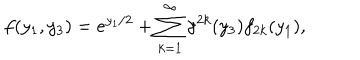
LaTeX: f ( y _ { 1 } , y _ { 3 } ) = e ^ { y _ { 1 } / 2 } + \sum _ { k = 1 } ^ { \infty } { \gamma } ^ { 2 k } ( y _ { 3 } ) f _ { 2 k } ( y _ { 1 } ) ,